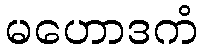
မဟောဒကံ